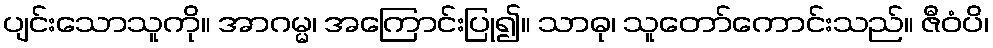
ပျင်းသောသူကို။ အာဂမ္မ၊ အကြောင်းပြု၍။ သာဓု၊ သူတော်ကောင်းသည်။ ဇီဝံပိ၊